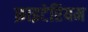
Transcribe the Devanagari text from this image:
क्राइटेरियम